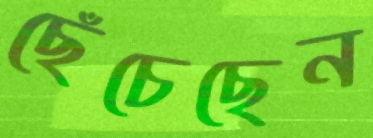
ছেঁচেছেন